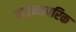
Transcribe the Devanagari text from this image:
पारम्मपरिक